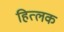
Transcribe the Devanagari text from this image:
हित्लक